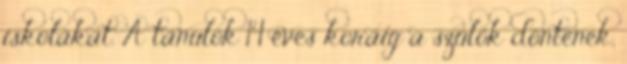
iskolákat. A tanulók 14 éves koráig a szülők döntenek,